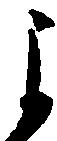
よ